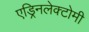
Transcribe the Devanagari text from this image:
एड्रिनलेक्टोमी